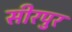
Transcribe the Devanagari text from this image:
सीरपुर